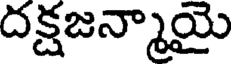
దక్షజన్మాయై